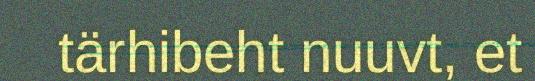
tärhibeht nuuvt, et